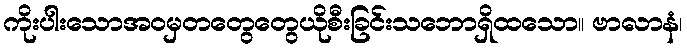
ကိုးပါးသောအဝမှတတွေတွေယိုစီးခြင်းသဘောရှိထသော။ ဗာလာနံ၊